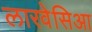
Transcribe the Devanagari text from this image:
लारवेसिआ